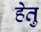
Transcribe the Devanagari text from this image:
हेेतु